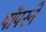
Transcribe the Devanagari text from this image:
पॉपरने